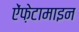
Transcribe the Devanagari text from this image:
ऐंफ़ेटामाइन